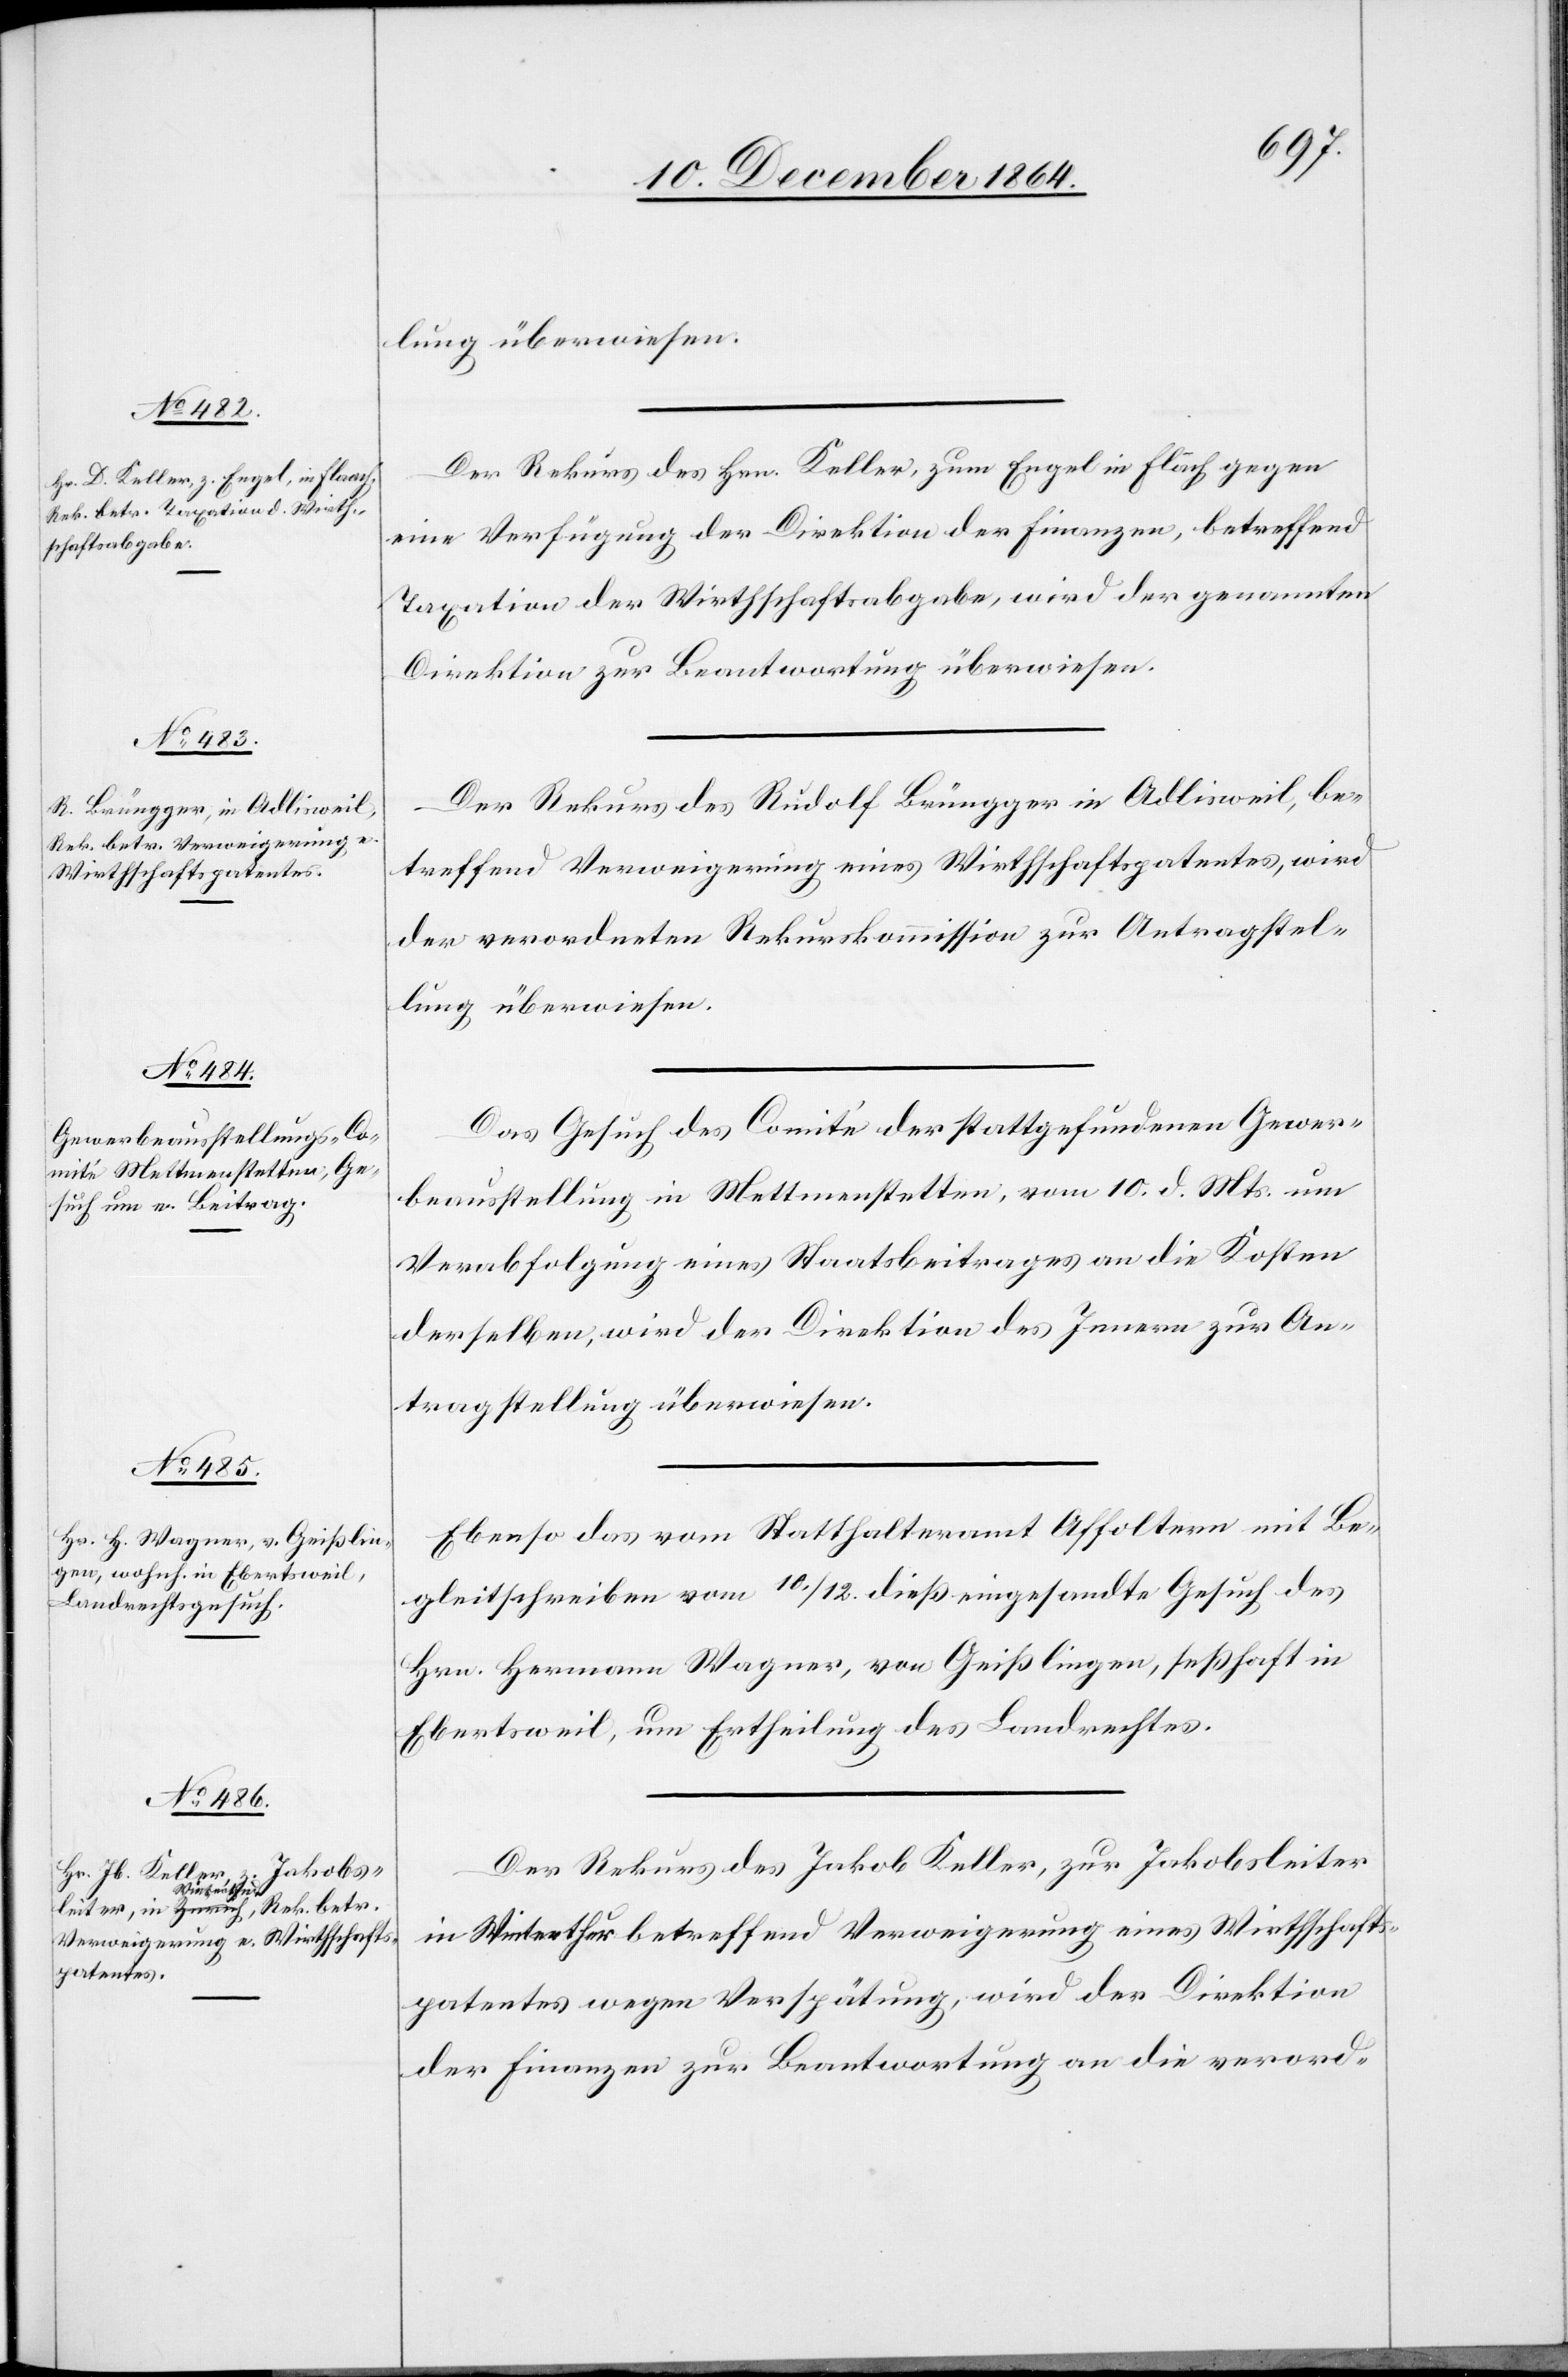
14. December 1864.]
Der Rekurs des Hrn. Keller, zum Engel in Flaach gegen
eine Verfügung der Direktion der Finanzen, betreffend
Taxation der Wirthschaftsabgabe, wird der genannten
Direktion zur Beantwortung überwiesen.
Der Rekurs des Rudolf Brüngger in Adlisweil, be¬
treffend Verweigerung eines Wirthschaftspatentes, wird
der verordneten Rekurskommission zur Antragstel¬
lung überwiesen.
Das Gesuch des Comité der stattgefundenen Gewer¬
beausstellung in Mettmenstetten, vom 10. d. Mts. um
Verabfolgung eines Staatsbeitrages an die Kosten
derselben, wird der Direktion des Innern zur An¬
tragstellung überwiesen.
Ebenso das vom Statthalteramt Affoltern mit Be¬
gleitschreiben vom 10./12. dieß eingesandte Gesuch des
Hrn. Hermann Wagner, von Geißlingen, seßhaft in
Ebertsweil, um Ertheilung des Landrechtes.
Der Rekurs des Jakob Keller, zur Jakobsleiter
in Winterthur betreffend Verweigerung eines Wirthschafts¬
patentes wegen Verspätung, wird der Direktion
der Finanzen zur Beantwortung an die verord-